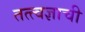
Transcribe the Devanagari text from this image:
तत्त्वज्ञाची